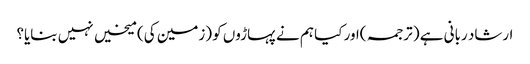
ارشاد ربانی ہے ( ترجمہ )اور کیا ہم نے پہاڑوں کو (زمین کی) میخیں نہیں بنایا؟